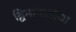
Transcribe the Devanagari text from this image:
द्विमानातल्या